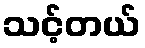
သင့်တယ်